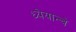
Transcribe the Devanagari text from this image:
ध्येयान्चे